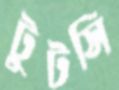
টুটসি